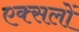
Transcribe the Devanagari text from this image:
एक्सलों